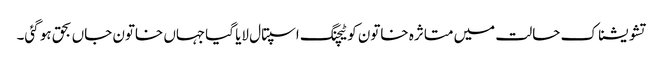
تشویشناک حالت میں متاثرہ خاتون کو ٹیچنگ اسپتال لایا گیاجہاں خاتون جاں بحق ہو گئی۔